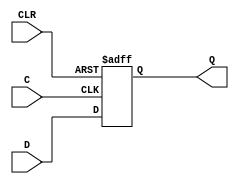
`timescale  1 ps / 1 ps


module FDC (Q, C, CLR, D);

    parameter INIT = 1'b0;

    output Q;

    input  C, CLR, D;

    wire Q;
    reg q_out;

    initial q_out = INIT;


    always @(posedge C or posedge CLR)
       if (CLR) 
             q_out <= 0;
       else
	         q_out <= D;

    assign Q = q_out;

endmodule